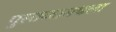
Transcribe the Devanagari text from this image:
पुस्तकामधला